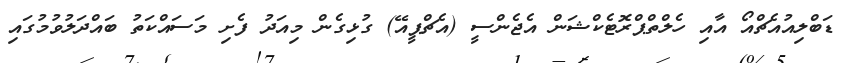
ޑަބްލިއުއެޗްއޯ އާއި ހެލްތްޕްރޮޓެކްޝަން އެޖެންސީ (އެޗްޕީއޭ) ގުޅިގެން މިއަދު ފެށި މަސައްކަތު ބައްދަލުވުމުގައި